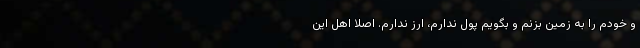
و خودم را به زمین بزنم و بگویم پول ندارم، ارز ندارم. اصلا اهل این